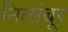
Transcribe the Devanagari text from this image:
निलांबूर